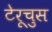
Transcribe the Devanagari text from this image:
टेरूचुस